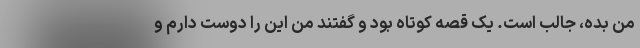
من بده، جالب است. یک قصه کوتاه بود و گفتند من این را دوست دارم و